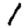
Digit: 1